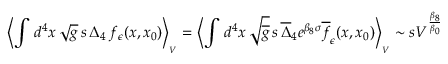
\left\langle \int \, d ^ { 4 } x \, \sqrt g \, s \, \Delta _ { 4 } \, f _ { \epsilon } ( x , x _ { 0 } ) \right\rangle _ { _ V } = \left\langle \int \, d ^ { 4 } x \, \sqrt { \overline { { g } } } \, s \, \overline { { \Delta } } _ { 4 } e ^ { \beta _ { 8 } \sigma } \overline { { f } } _ { \epsilon } ( x , x _ { 0 } ) \right\rangle _ { _ V } \sim s V ^ { \frac { \beta _ { 8 } } { \beta _ { 0 } } }